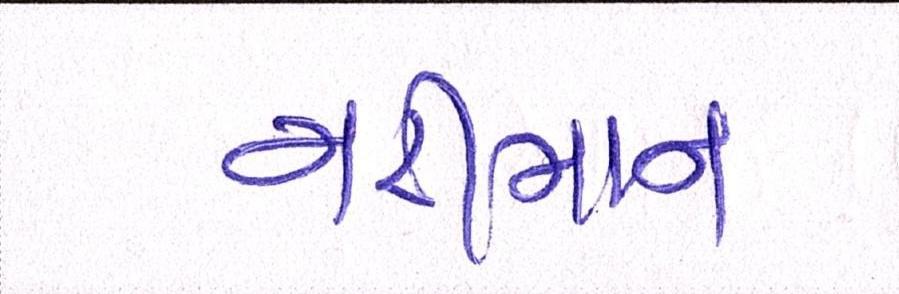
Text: નરીમાન